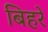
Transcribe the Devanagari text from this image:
बिहरे